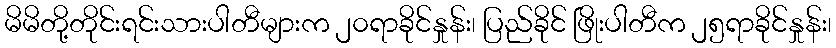
မိမိတို့တိုင်းရင်းသားပါတီများက ၂၀ရာခိုင်နှုန်း၊ ပြည်ခိုင် ဖြိုးပါတီက ၂၅ရာခိုင်နှုန်း၊